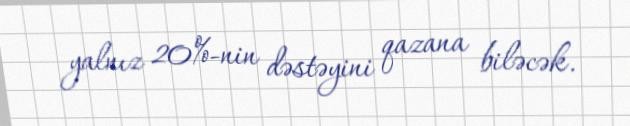
yalnız 20%-nin dəstəyini qazana biləcək.